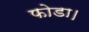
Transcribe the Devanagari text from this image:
फोडा।